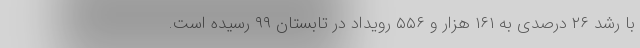
با رشد ۲۶ درصدی به ۱۶۱ هزار و ۵۵۶ رویداد در تابستان ۹۹ رسیده است.